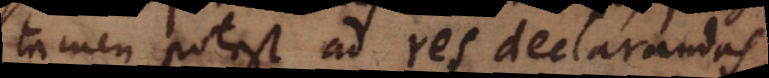
tamen potest ad res declarandas